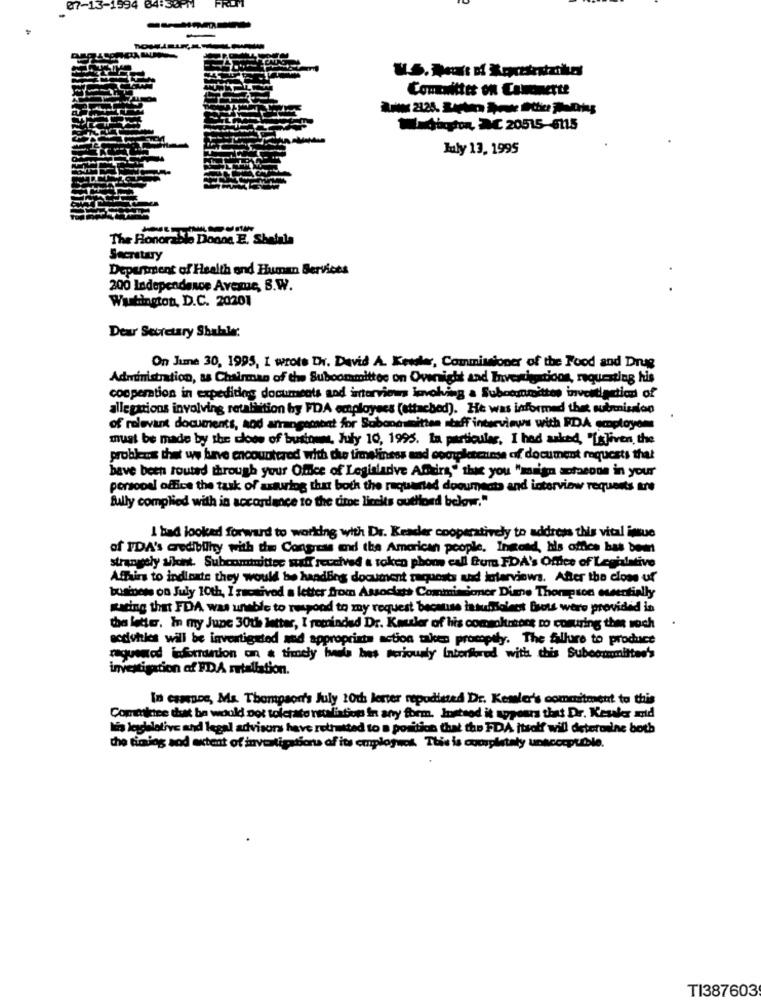
1394
Comewitter on Cannette
Wedington, MC 20515-6115
July 13, 1995
The Honorable Doone E. Shalala
Secretary
Department of Health and Human Services
200 Independence Avenue, S.W.
. .
Washington, D.C. 20201
Dear Secretary Shaller:
On June 30, 1995, I wrote th. David A. Kessler, Commissioner of the Food and Drug
Administration, as Chairman of twe Subcommittee on Ovennight and Investigations, requesting his
cooperation in expedides documents and interviews Involving a Suboommettes inventiaction of
allegations involving retaliation by FDA employees (attached). He was informed that sutrisalon
of relevant documents, aod arrangement for Sobonasmitten staff interviews with RDA employons
must be made by the cloos of bustown, July 10, 1995. In particular, I had asked, "Isliven, the
problems that we have encountered with the timeliness and completeunse of document requests that
bave been routed through your Office of Legisladive Affairs," the you "maign staende in your
personel office the task of asturiog that both the required documents and interview requests tre
Bully complied with in accordance to the time lineits authored below."
I bad looked forward to working with Dr. Reader cooperatively to address this vital issue
of IDA's credibility with the Congress and the American people, Inond, his office bas bem
strangely silent. Subcommittee Raff received a token phom call from FDA's Office of Legislative
Affairs to indiexte they would be handling document requests and interviews. After the clone uf
business on July 10th, I zacsived a letter from Associats Commisioner Dimne Thompson essentially
Racing that FDA was unable to respond to my request because insuffioleet Brots were provided in
the letter. In my June 30th letter, I'reminded Dr. Kauler of his comsoltrers to comuring the noch
activities will be investigated and appropriate action taken promptly. The Allure to produce
requested information on a timely heels bes seriously Interiored with this Subocommittee's
investigation af FDA retaliation.
In campos, Ms. Thompson's July 10th lerter repodiated Dr. Kessler's commitment to this
Committee that be would not tolerate retaliation in any form. Instead it appears that Dr. Kesaker and
lis leighlative and legal advisors have rettutted to a poritica that the FDA itself will determine both
the timing sod extent of investigation of its employees. This is completely unacorpulble.
TI387603